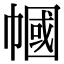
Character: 幗